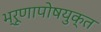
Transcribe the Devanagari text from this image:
भ्रूणापोषयुक्त